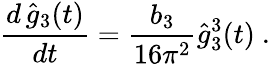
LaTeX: {\frac{d\, \hat{g}_{3}(t)}{dt}}={\frac{b_{3}}{16\pi^{2}}}\hat{g}_{3}^{3}(t)~.